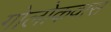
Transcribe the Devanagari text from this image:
गोलोकवास